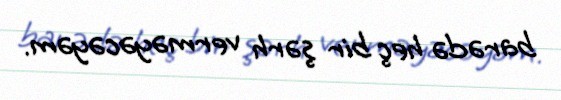
barədə heç bir şərh verməyəcəyəm.